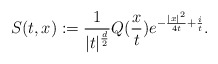
\begin{align*}S(t,x):=\frac{1}{|t|^{\frac{d}{2}}}Q(\frac{x}{t})e^{-\frac{|x|^{2}}{4t}+\frac{i}{t}}.\end{align*}